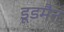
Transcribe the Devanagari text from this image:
डूडमैन